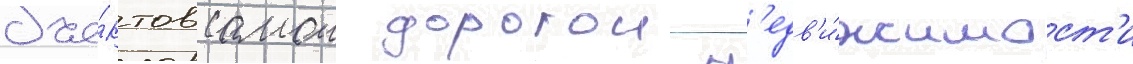
объе́ктов самои дорогои н'едв'и́жимост'и